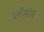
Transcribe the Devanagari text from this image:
प्लीसांस